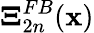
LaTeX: \boldsymbol{\Xi}_{2n}^{FB}({\mathbf x})